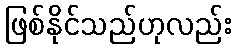
ဖြစ်နိုင်သည်ဟုလည်း